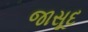
જાસૂદ